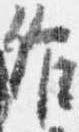
作